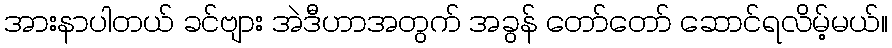
အားနာပါတယ် ခင်ဗျား အဲဒီဟာအတွက် အခွန် တော်တော် ဆောင်ရလိမ့်မယ်။